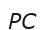
РС